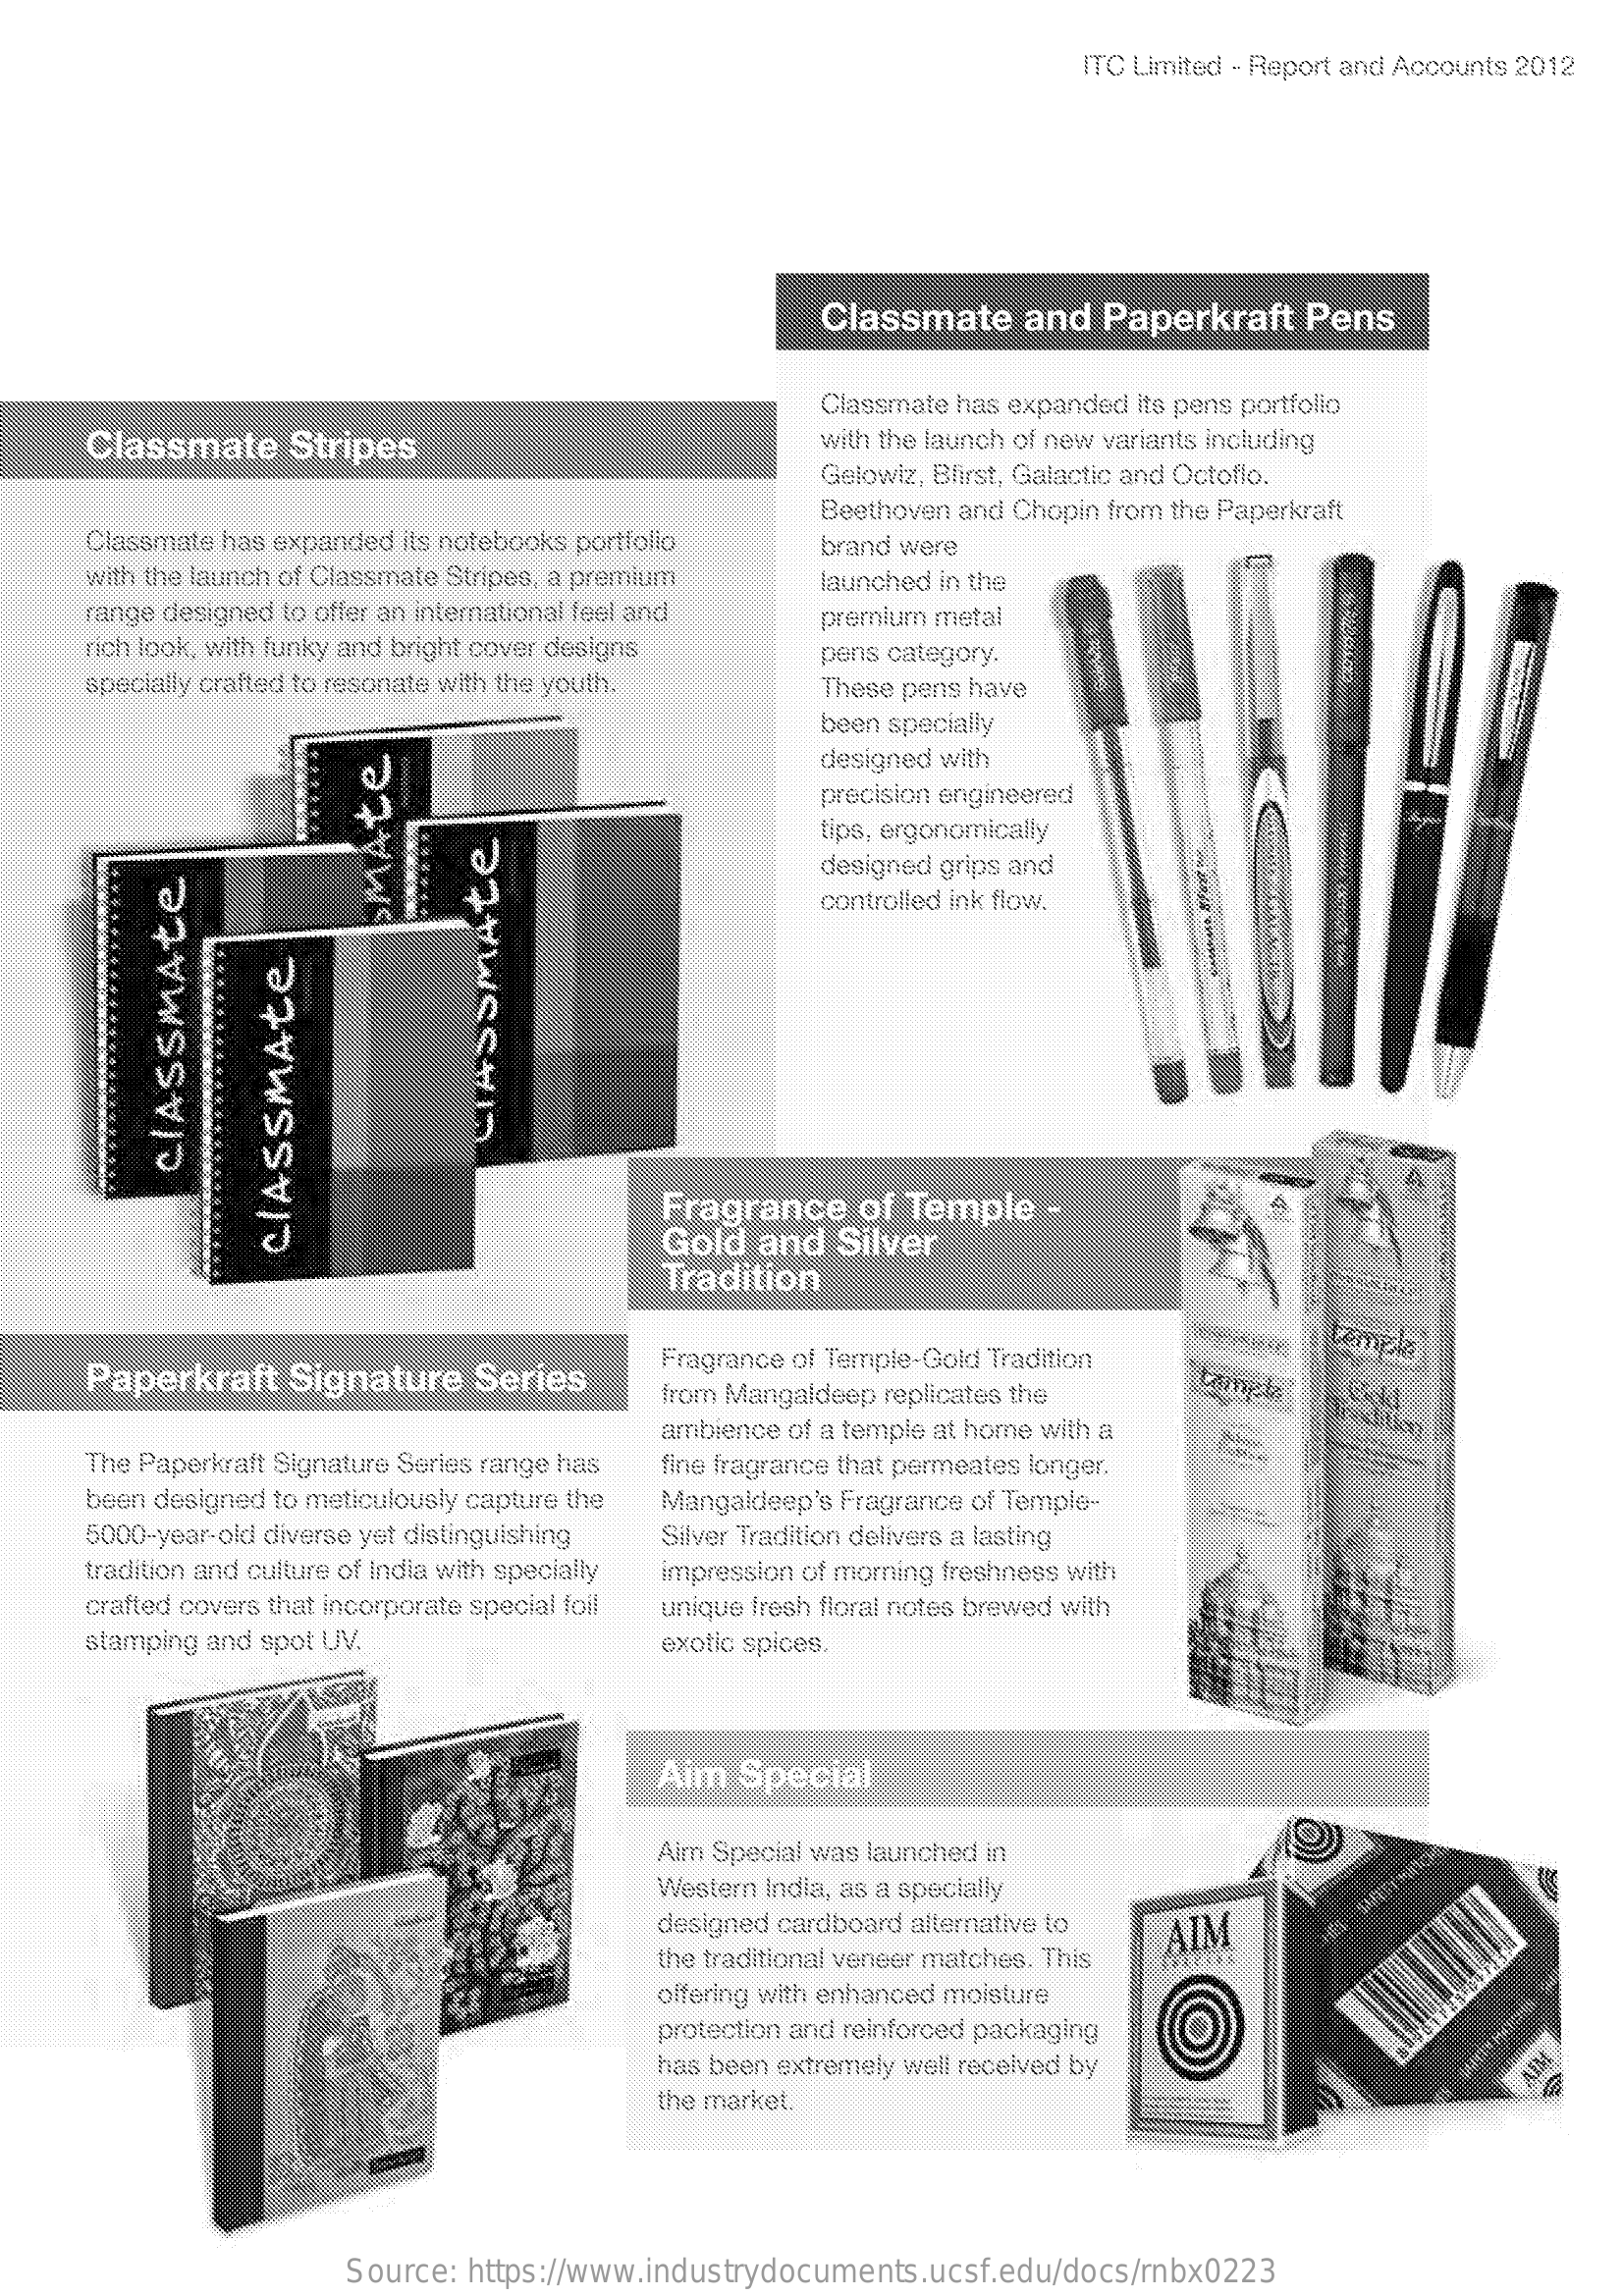
ITC Limited - Report and Accounts 2012
     Classmate    and  Paperkraft    Pens
     Classmate has expanded its pens portfolio
     Classmate    Stripes    with the launch of new variants including
     Gelowiz, Blirst, Galactic and Octoflo.
     Beethoven and Chopin from the Paperkraft
     Classmate has expanded its notebooks portfolio
     with the launch of Classmate Stripes, a premium
     brand were
     range designed to offer an international feel and
     launched in the
     rich look, with funky and bright cover designs
     premium metal
     specially crafted to resonate with the youth.
     pens category.
     These pens have
     been specially
     designed with
     precision engineered
     tips, ergonomically
     designed grips and
     controlled ink flow.
     SMAte
     CIASSMAte CIASSMAte
     Fragrance    of Temple    -
     Gold   and  Silver
     CIASSMAte
     Tradition
     Fragrance of Temple-Gold Tradition
     tempk.
     Paperkraft    Signature    Series    from Mangaldeep replicates the
     The Paperkraft Signature Series range has
     ambience of a temple at home with a
     fine fragrance that permeates longer.
     been designed to meticulously capture the Mangaldeep's Fragrance of Temple-
     5000-year-old diverse yet distinguishing
     tradition and culture of India with specially
     Silver Tradition delivers a lasting
     impression of morning freshness with
     crafted covers that incorporate special foil unique fresh floral notes brewed with
     stamping and spot UV.    exotic spices.
     Aim  Special
     Aim Special was launched in
     Western India, as a specially
     designed cardboard alternative to
     the traditional veneer matches. This
     AIM
     offering with enhanced moisture
     protection and reinforced packaging
     has been extremely well received by
     the market.
     Source: https://www.industrydocuments.ucsf.edu/docs/rnbx0223